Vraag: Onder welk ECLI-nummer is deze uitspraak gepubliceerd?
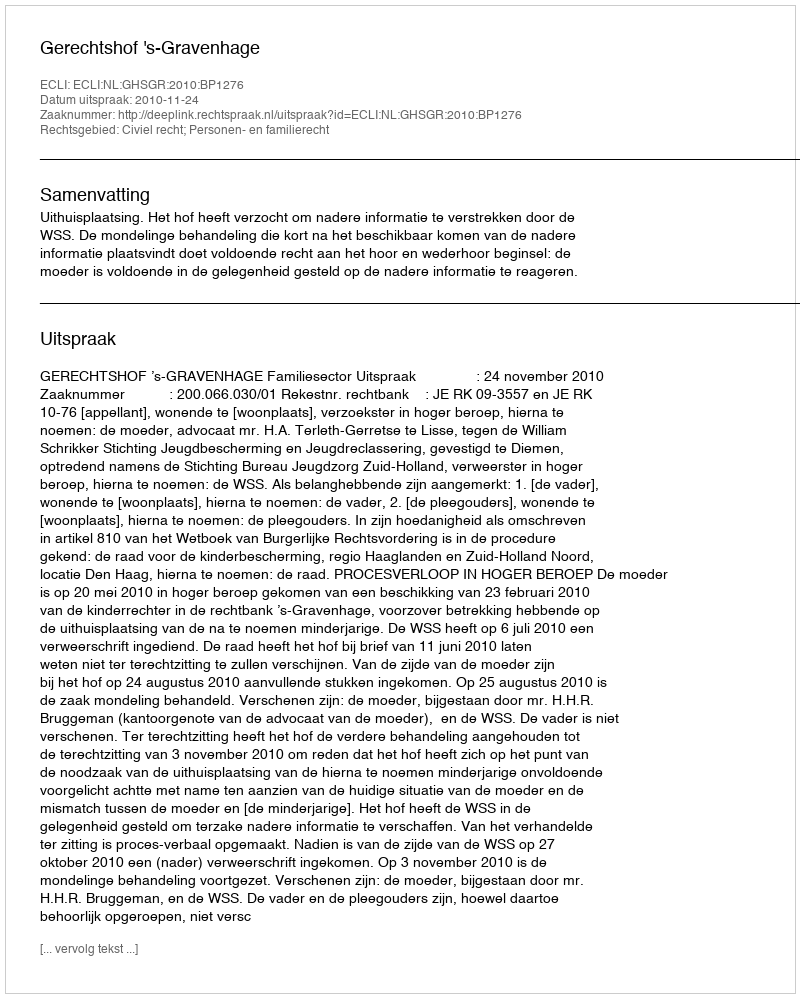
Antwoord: ECLI:NL:GHSGR:2010:BP1276